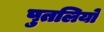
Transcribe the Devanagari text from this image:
पुतलियो